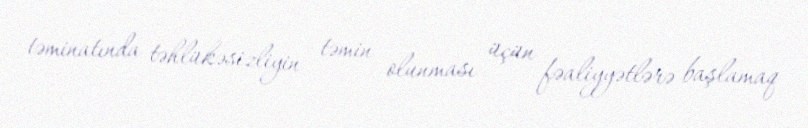
təminatında təhlükəsizliyin təmin olunması üçün fəaliyyətlərə başlamaq